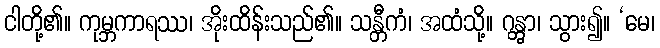
ငါတို့၏။ ကုမ္ဘကာရဿ၊ အိုးထိန်းသည်၏။ သန္တီကံ၊ အထံသို့။ ဂန္တွာ၊ သွား၍။ ‘မေ၊